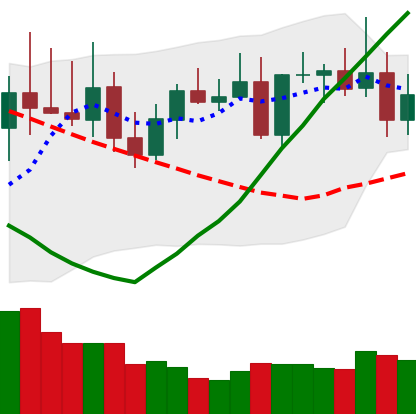
Ticker: TRX-USD
Chart end date: 2022-08-16
Forward return: -5.355%
Label: down_5_7